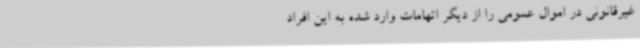
غیرقانونی در اموال عمومی را از دیگر اتهامات وارد شده به این افراد